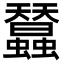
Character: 蠺